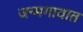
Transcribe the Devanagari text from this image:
जन्मगावात